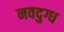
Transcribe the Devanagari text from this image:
नवदुग्ध